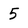
Character: 5